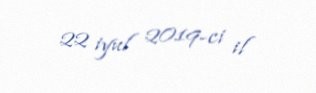
22 iyul 2019-ci il